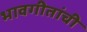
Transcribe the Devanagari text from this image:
भावगीतांची